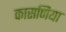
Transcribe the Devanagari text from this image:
कासणिया